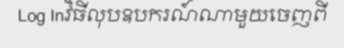
Log Inវិធីលុបឧបករណ៍ណាមួយចេញពី